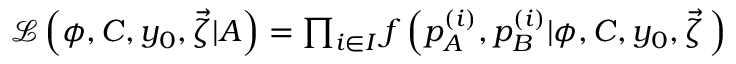
\begin{array} { r } { \small \mathcal { L } \left( \phi , C , y _ { 0 } , \vec { \zeta } | A \right) = \prod _ { i \in I } f \left( p _ { A } ^ { ( i ) } , p _ { B } ^ { ( i ) } | \phi , C , y _ { 0 } , \vec { \zeta } \, \right) } \end{array}